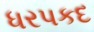
ધરપકદ